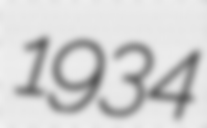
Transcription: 1934